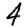
Digit: 4